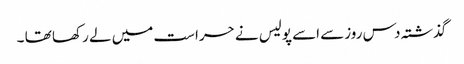
گذشتہ دس روزسے اسے پولیس نے حراست میں لے رکھا تھا ۔